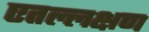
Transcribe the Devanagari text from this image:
एतल्लक्षण